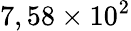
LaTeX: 7,58\times 10^{2}